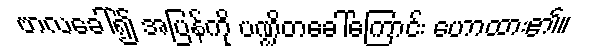
ဗာလခေါ်၍ အပြန်ကို ပဏ္ဍိတခေါ်ကြောင်း ဟောထား၏။